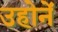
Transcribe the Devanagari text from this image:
उहोनें